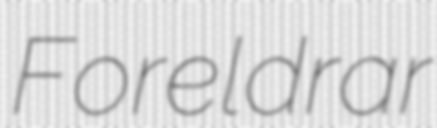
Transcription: Foreldrar